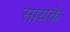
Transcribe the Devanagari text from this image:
सायके